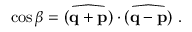
\cos \beta = \widehat { ( { \bf q } + { \bf p } ) } \cdot \widehat { ( { \bf q } - { \bf p } ) } \ .